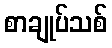
စာချုပ်သစ်